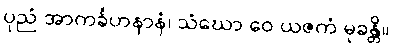
ပုညံ အာကင်္ခဟနာနံ၊ သံဃော ဝေ ယဇကံ မုခန္တိ။